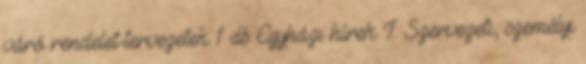
váró rendelet-tervezetek 1 db Egyházi hírek I. Szervezeti, személyi